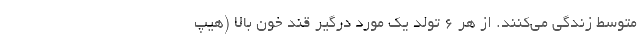
متوسط زندگی می‌کنند. از هر ۶ تولد یک مورد درگیر قند خون بالا (هیپ